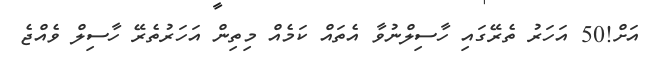
އަށް!50 އަހަރު ތެރޭގައި ހާސިލްނުވާ އެތައް ކަމެއް މިތިން އަހަރުތެރޭ ހާސިލް ވެއްޖެ